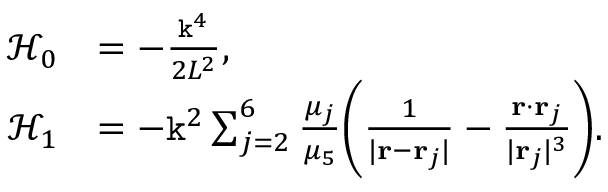
\begin{array} { r l } { \mathcal { H } _ { 0 } } & { = - \frac { \mathtt { k } ^ { 4 } } { 2 L ^ { 2 } } , } \\ { \mathcal { H } _ { 1 } } & { = - \mathtt { k } ^ { 2 } \sum _ { j = 2 } ^ { 6 } \frac { \mu _ { j } } { \mu _ { 5 } } \bigg ( \frac { 1 } { | \mathbf { r } - \mathbf { r } _ { j } | } - \frac { \mathbf { r } \cdot \mathbf { r } _ { j } } { | \mathbf { r } _ { j } | ^ { 3 } } \bigg ) . } \end{array}